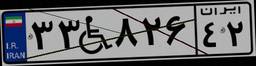
۹۰W۵۴۵۴۲